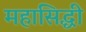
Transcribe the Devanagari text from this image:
महासिद्धी